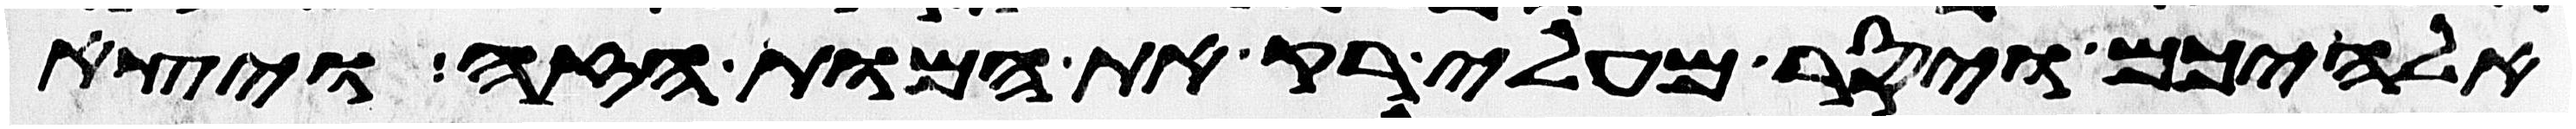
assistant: אלהיכם ויסר מעלי רק את המות הזה ויצא